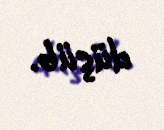
düşüb.